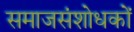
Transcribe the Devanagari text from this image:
समाजसंशोधकों